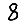
Digit: 8